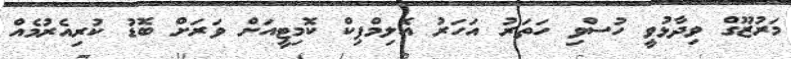
މަރުޒޫގް ވިދާޅުވީ ހުސްވި ހަތަރު އަހަރު އޮލިމްޕިކް ކޮމިޓީއަށް ވަރަށް ބޮޑު ކުރިއެރުމެއް